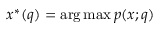
x ^ { * } ( q ) = \arg \operatorname* { m a x } p ( x ; q )